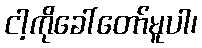
ငါ့ကိုခေါ်တော်မူပါ၊